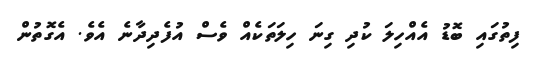
ފިތުގައި ބޮޑު އެއްހިލަ ކުދި ގިނަ ހިލަތަކެއް ވެސް އުފެދިދާނެ އެވެ. އެގޮތުން